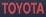
TOYOTA